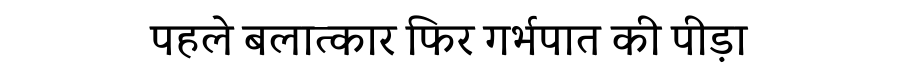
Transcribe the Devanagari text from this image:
पहले बलात्कार फिर गर्भपात की पीड़ा